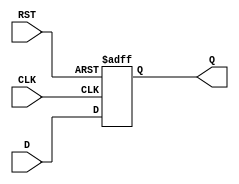
module DataRegister (
    input wire [N-1:0] D,    // Data Input
    input wire CLK,          // Clock Input
    input wire RST,          // Reset Input
    output reg [N-1:0] Q     // Data Output
);
    parameter N = 8;         // Define the width of the register (8 bits by default)

    // Asynchronous reset and synchronous data capture
    always @(posedge CLK or posedge RST) begin
        if (RST) begin
            Q <= {N{1'b0}};   // Reset Q to 0
        end else begin
            Q <= D;           // Capture data on rising edge of CLK
        end
    end
endmodule